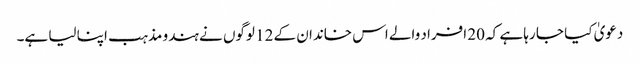
دعویٰ کیا جا رہا ہے کہ 20 افراد والے اس خاندان کے 12 لوگوں نے ہندو مذہب اپنا لیا ہے۔